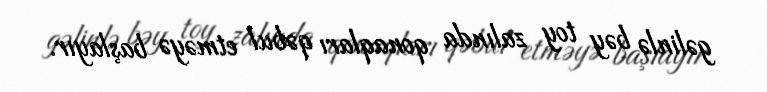
gəlinlə bəy toy zalında qonaqları qəbul etməyə başlayır.